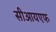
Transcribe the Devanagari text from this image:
सीआयएफ